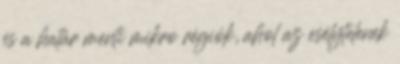
és a határ menti mikro régiók, ahol az esélytelenek